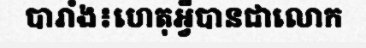
បារាំង៖ហេតុអ្វីបានជាលោក